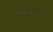
આયોન